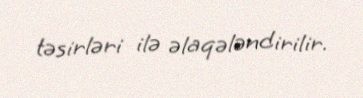
təsirləri ilə əlaqələndirilir.